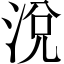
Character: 涗